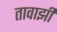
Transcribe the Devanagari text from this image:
तावाझी